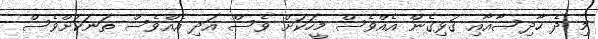
މި ދެ ހާދިސާއާއި ގުޅިގެން އެއްވެސް މީހަކަށް ވެސް އަދި އެއްވެސް ތަނަކަށްވެސް